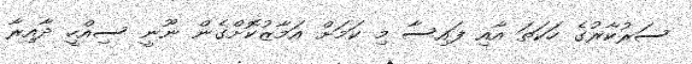
ސަރުކާރުގެ ހަކަތަ އާއި ފައިސާ މި ކަމަށް އަމާޒުކޮށްގެން ނޫނީ ސިއްހީ ދާއިރާ